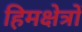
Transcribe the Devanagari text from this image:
हिमक्षेत्रों